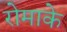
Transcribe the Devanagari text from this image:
रोमाके